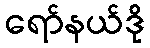
ရော်နယ်ဒို